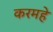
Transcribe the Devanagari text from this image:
करमहे